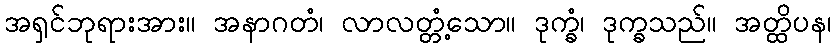
အရှင်ဘုရားအား။ အနာဂတံ၊ လာလတ္တံ့သော။ ဒုက္ခံ၊ ဒုက္ခသည်။ အတ္ထိပန၊